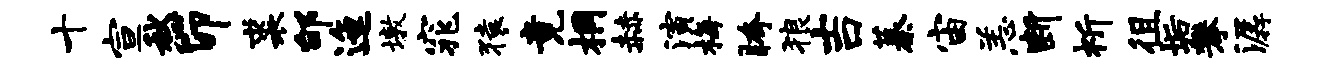
十宣愁卯裘邰迤墩窕猿竟桐赫演梅胯狼吉蓁宙恙断祈徂垢攀潺